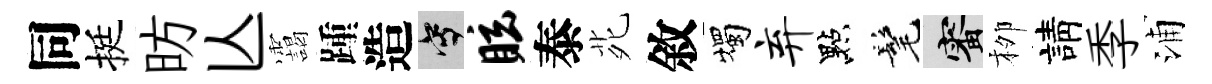
同挺昉亾靄踵造寫眩泰𫟍敘燭弃點髦審栁請季浦